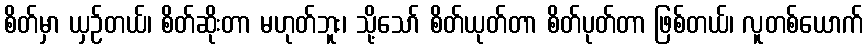
စိတ်မှာ ယှဉ်တယ်၊ စိတ်ဆိုးတာ မဟုတ်ဘူး၊ သို့သော် စိတ်ယုတ်တာ စိတ်ပုတ်တာ ဖြစ်တယ်၊ လူတစ်ယောက်